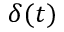
\delta ( t )